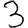
Digit: 3